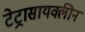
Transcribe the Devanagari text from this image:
टेट्रासायक्लीन